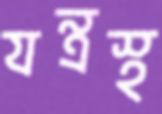
যন্ত্রস্থ